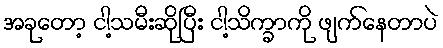
အခုတော့ ငါ့သမီးဆိုပြီး ငါ့သိက္ခာကို ဖျက်နေတာပဲ